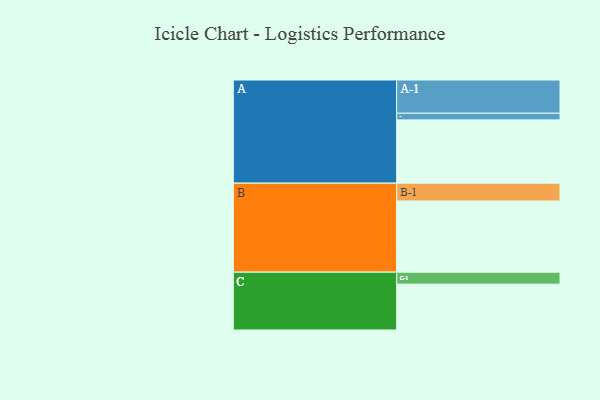
{"axis": {"x": "Segment", "y": "Value"}, "legend": ["", "A", "B", "C"], "data": [{"x": "A", "y": 522, "type": ""}, {"x": "B", "y": 587, "type": ""}, {"x": "C", "y": 378, "type": ""}, {"x": "A-1", "y": 274, "type": "A"}, {"x": "A-2", "y": 55, "type": "A"}, {"x": "B-1", "y": 147, "type": "B"}, {"x": "C-1", "y": 99, "type": "C"}]}